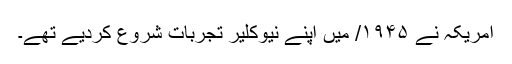
امریکہ نے ۱۹۴۵/ میں اپنے نیوکلیر تجربات شروع کردیے تھے۔